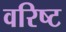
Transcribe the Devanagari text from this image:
वरिष्‍ट